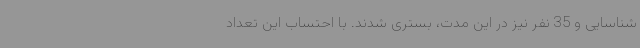
شناسایی و 35 نفر نیز در این مدت، بستری شدند. با احتساب این تعداد